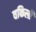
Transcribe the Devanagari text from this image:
वकिली